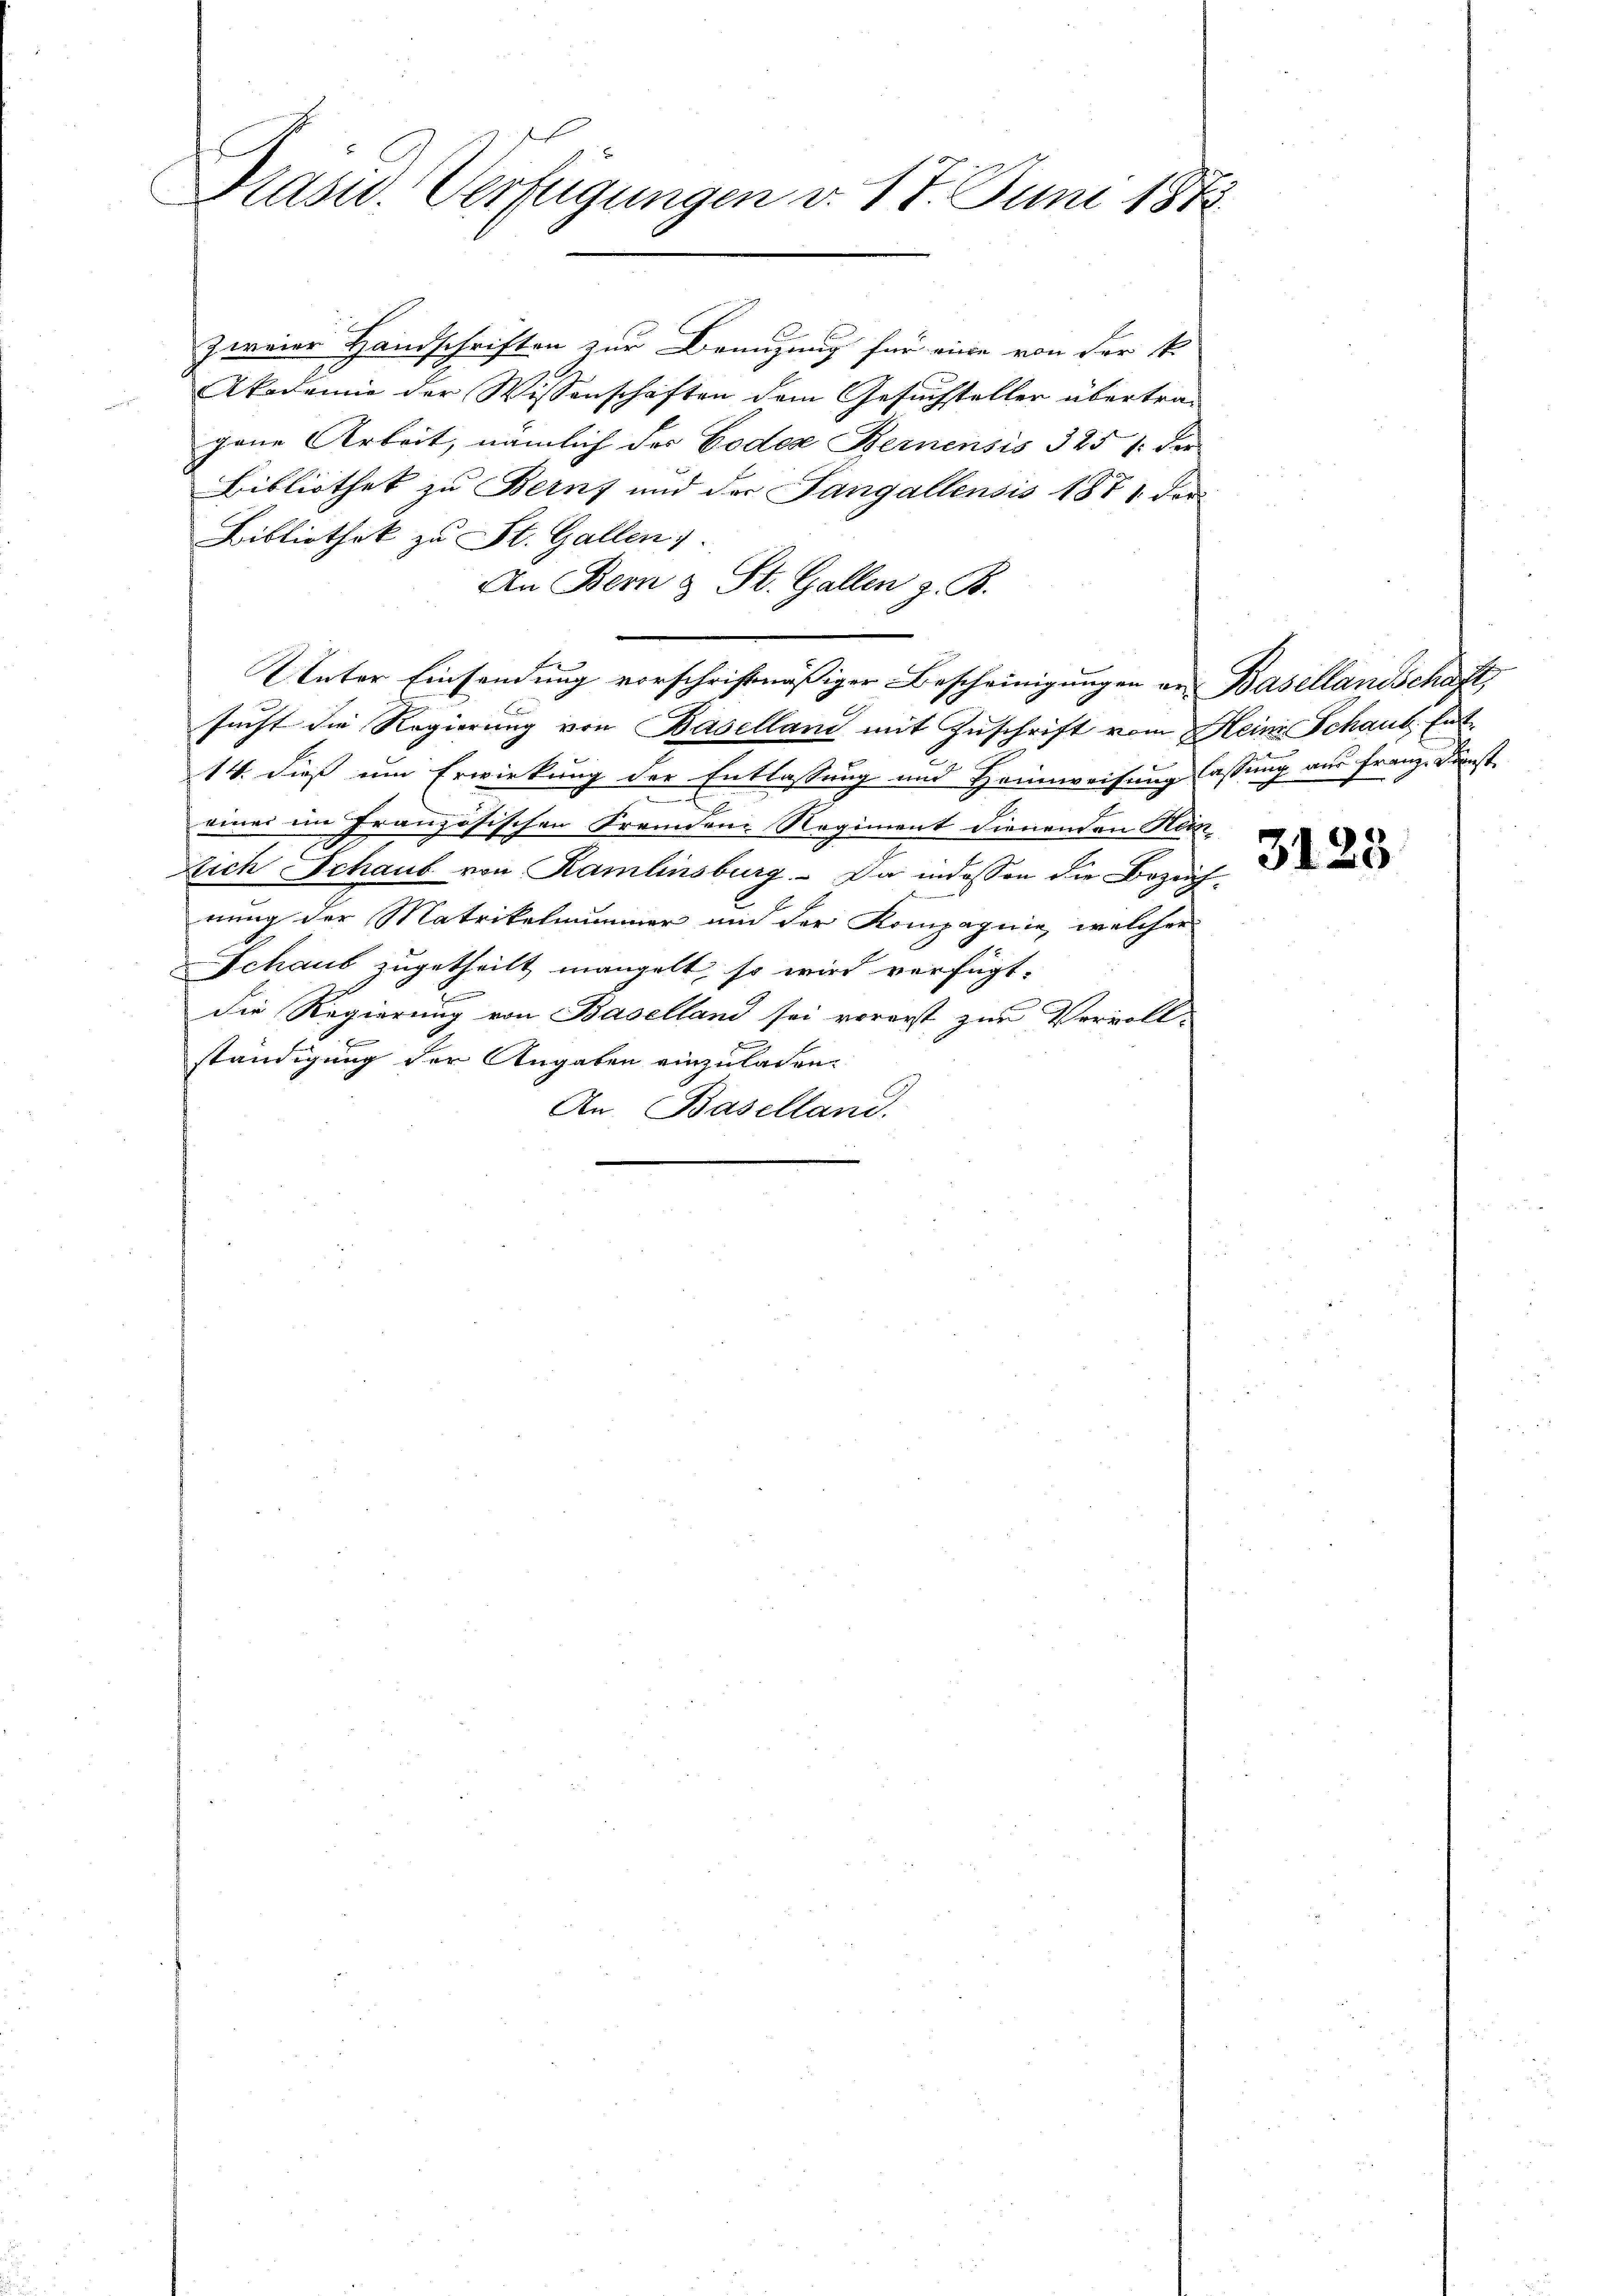
Präsid. Verfügungen v. 17. Juni 187

zweier Handschriften zur Branzung für eine von der k.
Akademie der Wissenschaften dem Gesuchsteller übertra-
gene Arbeit, nämlich der Codes Bernensis 325 f: der
Bibliothek zu Berns und der Sangallensis 1871 des
Bibliothek zu St. Gallen.
An Bern & St. Gallen z. B.
Unter Einsendung vorschriftmäßiger Bescheinigungen an Basellandschaft
sucht die Regierung von Baselland mit Zuschrift vom Heine Schaut Ent¬
14. dieß um Erwirkung der Entlassung und Heimweisung lassung aus Franz Kunst
einer im Französischen Fremden Regiment dienenden Hein¬
Dich Schaub von Ramlinsburg. Da indessen die Bezeichnung der Matrikelnummer und der Kompagnie, welcher
Schaus zugetheilt mangelt, so wird verfügt:
die Regierung von Baselland sei vorerst zur Vervoll-
ständigung der Angaben einzuladen.
An Baselland.

3123